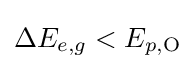
\Delta E_{e,g}<E_{p,\mathrm {O} }